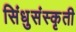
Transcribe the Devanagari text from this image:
सिंधुसंस्कृती